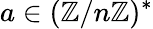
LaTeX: a\in(\mathbb{Z}/n\mathbb{Z})^{*}